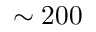
\sim 2 0 0